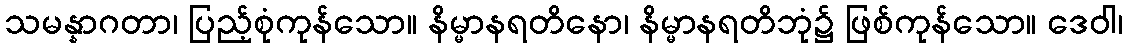
သမန္နာဂတာ၊ ပြည့်စုံကုန်သော။ နိမ္မာနရတိနော၊ နိမ္မာနရတိဘုံ၌ ဖြစ်ကုန်သော။ ဒေဝါ၊